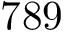
7 8 9